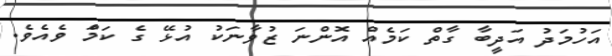
އަހުމަދު އަދީބާ ގާތް ކަމެއް އޮންނަ ޒުވާނަކު އުޅޭ ގެ ކަމަް ވެއެވެ.